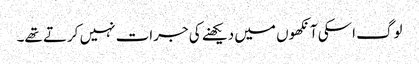
لوگ اسکی آنکھوں میں دیکھنے کی جرات نہیں کرتے تھے۔